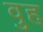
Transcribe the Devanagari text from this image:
वुह